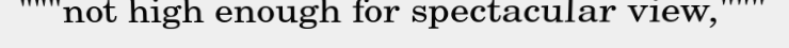
"""not high enough for spectacular view,"""